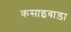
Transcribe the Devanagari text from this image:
कसाइबाड़ा